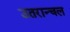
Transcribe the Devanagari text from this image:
उतरान्चल